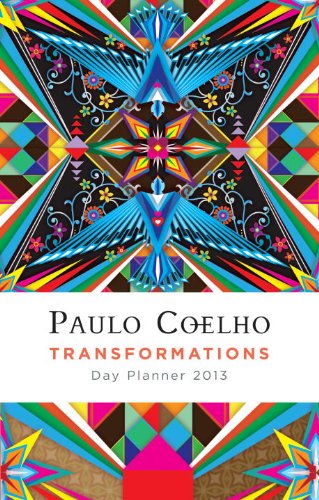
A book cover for Transformations: 2013 Coelho Calendar (Spanish Edition); Paulo Coelho; Calendars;